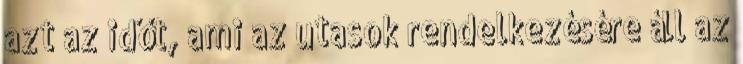
azt az időt, ami az utasok rendelkezésére áll az